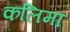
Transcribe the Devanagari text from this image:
कलिमा